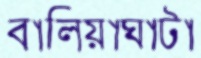
বালিয়াঘাটা